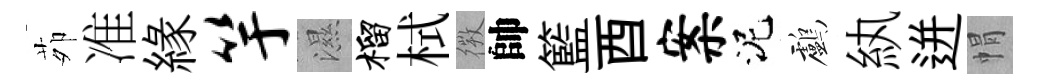
茆准縁竽濕榴栻𢕄帥籃酉案泥鸕紈迸㡌